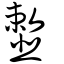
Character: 𩐎